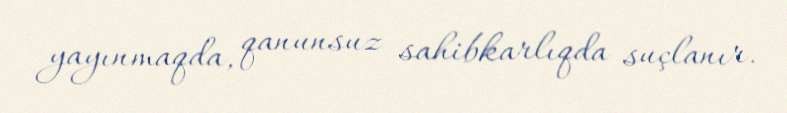
yayınmaqda, qanunsuz sahibkarlıqda suçlanır.